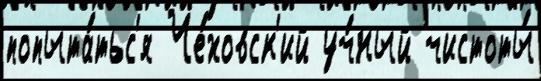
попыта́тьс'я Че́ховск'ий уч́ный чистоты́